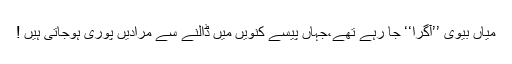
میاں بیوی ’’آگرا‘‘ جا رہے تھے،جہاں پیسے کنویں میں ڈالنے سے مرادیں پوری ہوجاتی ہیں !